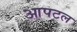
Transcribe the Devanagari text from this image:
आपटल